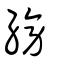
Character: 縍